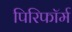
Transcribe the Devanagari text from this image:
पिरिफॉर्म